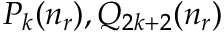
P _ { k } ( n _ { r } ) , Q _ { 2 k + 2 } ( n _ { r } )